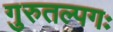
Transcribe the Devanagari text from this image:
गुरुतल्पगः